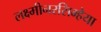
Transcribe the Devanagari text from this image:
लक्ष्मीनरसिम्हैया